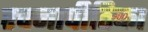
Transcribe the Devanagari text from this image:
रचनापीठिका